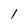
Character: 1